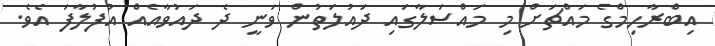
އިބްރާހިމްގެ މައްޗަށް މި މައްސަލާގައި ދައުލަތުން ވަނީ ދެ ދައުވާއެއް އުފުލާފަ އެވެ.